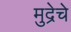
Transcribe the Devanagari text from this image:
मुद्रेचे